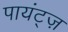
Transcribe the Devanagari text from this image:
पायंट्ज़